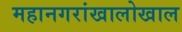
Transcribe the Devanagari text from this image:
महानगरांखालोखाल